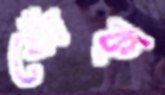
ফোঁক্‌